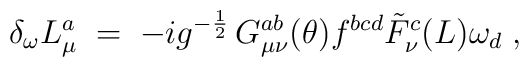
\delta_\omega L_\mu^a \;=\; - i g^{-\frac{1}{2}} \, G_{\mu\nu}^{ab}(\theta) f^{bcd} {\tilde F}_\nu^c (L) \omega_d  \;,